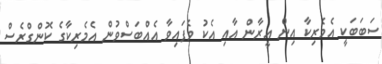
ސަބަބަކީ އެމެރިކާ އިން އީރާން އާއި އެކު ވެފައިވާ އެއްބަސްވުން އެމެރިކާގެ ކޮންގްރެސް